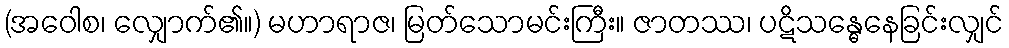
(အဝေါစ၊ လျှောက်၏။) မဟာရာဇ၊ မြတ်သောမင်းကြီး။ ဇာတဿ၊ ပဋိသန္ဓေနေခြင်းလျှင်